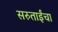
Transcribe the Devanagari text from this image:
सरुताईंचा